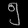
Digit: ၅